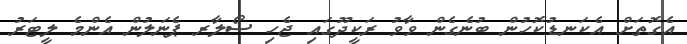
އެގޮތަށް އެކަނޑުކޮހުން ބުނެގެން ވާވު ރަކީދޫގައި ޖެހި ސޯލާރ ޕެނަލުން އެންމެ ލީޓަރު